Physiological action of certain drugs in tablet form - Number 52A
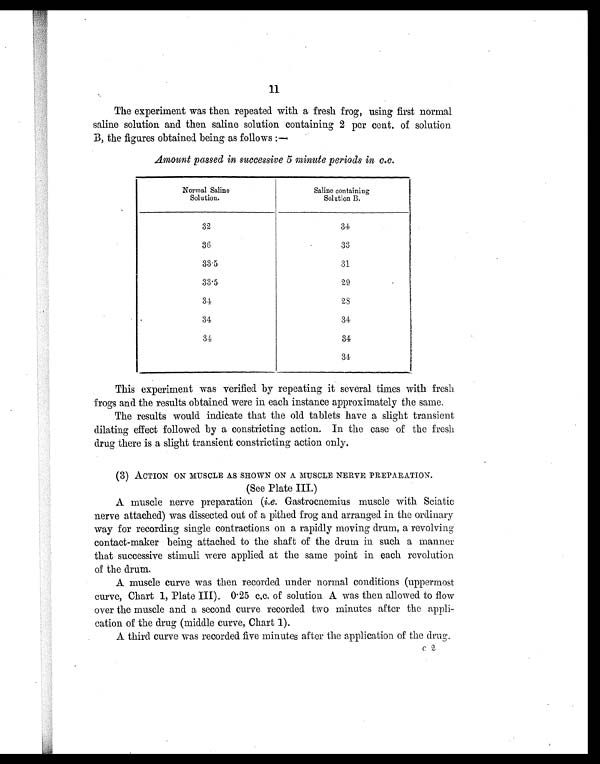
11
The experiment was then repeated with a fresh frog, using first normal
saline solution and then saline solution containing 2 per cent. of solution
B, the figures obtained being as follows :—
Amount passed in successive 5 minute periods in c.c.
Normal Saline
Solution.
Saline containing
Solution B.
32
34
36
33
33.5
31
33.5
29
34
28
34
34
34
34
34
This experiment was verified by repeating it several times with fresh
frogs and the results obtained were in each instance approximately the same.
The results would indicate that the old tablets have a slight transient
dilating effect followed by a constricting action. In the case of the fresh
drug there is a slight transient constricting action only.
(3) ACTION ON MUSCLE AS SHOWN ON A MUSCLE NERVE PREPARATION.
(See Plate III.)
A muscle nerve preparation (i.e. Gastrocnemius muscle with Sciatic
nerve attached) was dissected out of a pithed frog and arranged in the ordinary
way for recording single contractions on a rapidly moving drum, a revolving
contact-maker being attached to the shaft of the drum in such a manner
that successive stimuli were applied at the same point in each revolution
of the drum.
A muscle curve was then recorded under normal conditions (uppermost
curve, Chart 1, Plate III). 0.25 c.c. of solution A was then allowed to flow
over the muscle and a second curve recorded two minutes after the appli-
cation of the drug (middle curve, Chart 1).
A third curve was recorded five minutes after the application of the drug.
c2